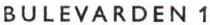
BULEVARDEN 1